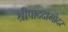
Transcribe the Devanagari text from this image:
श्रीपाददामोदर